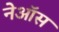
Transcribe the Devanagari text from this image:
नेऑस